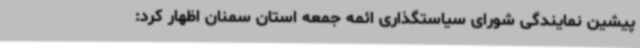
پیشین نمایندگی شورای سیاستگذاری ائمه جمعه استان سمنان اظهار کرد: